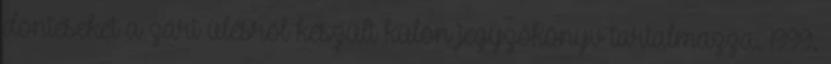
döntéseket a zárt ülésről készült külön jegyzőkönyv tartalmazza. 1999.